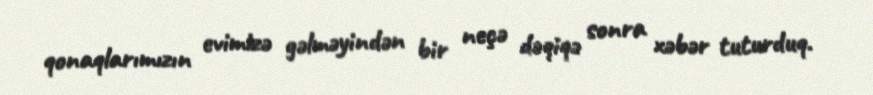
qonaqlarımızın evimizə gəlməyindən bir neçə dəqiqə sonra xəbər tuturduq.